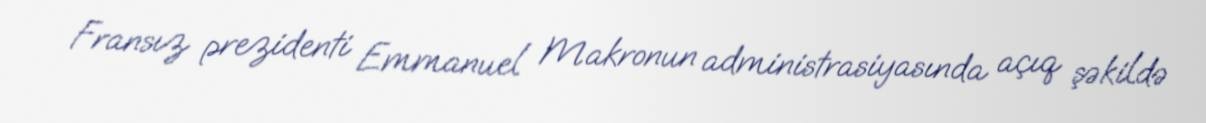
Fransız prezidenti Emmanuel Makronun administrasiyasında açıq şəkildə